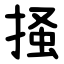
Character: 掻